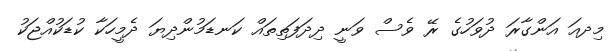
މިދއަ އަންގާރަ ދުވަހުގެ ރޭ ވެސް ވަނީ ދިދަފަތިތައް ކަނޑަމުންދިޔަ ދެމީހަކާ ކުޑަކުއްޖަކު